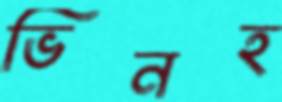
ভিনহ